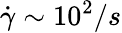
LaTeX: \dot{\gamma}\sim 10^{2}/s